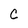
Character: C